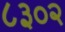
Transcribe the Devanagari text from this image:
८३०२